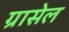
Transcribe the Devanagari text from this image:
ग्रासेल